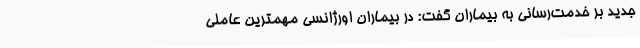
جدید بر خدمت‌رسانی به بیماران گفت: در بیماران اورژانسی مهمترین عاملی